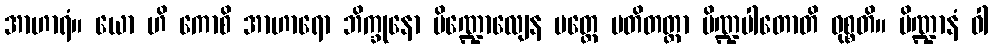
အာဟာရံ။ ယော ဟိ ကောစိ အာဟာရော ဘိက္ခုနော ပိဏ္ဍောလျေန ပတ္တေ ပတိတတ္တာ ပိဏ္ဍပါတောတိ ဝုစ္စတိ။ ပိဏ္ဍာနံ ဝါ